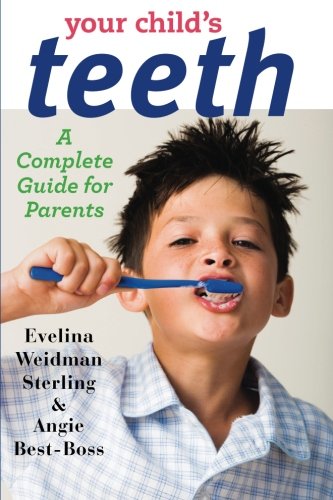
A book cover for Your Child's Teeth: A Complete Guide for Parents; Evelina Weidman Sterling; Medical Books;